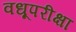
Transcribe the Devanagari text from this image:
वधूपरीक्षा